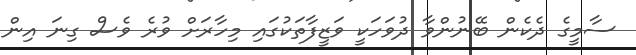
ސާމީގެ ދެކެން ބޭނުންވާ ދުވަހަކީ ވަޒީފާތަކުގައި މިހާރަށް ވުރެ ވެސް ގިނަ އިން